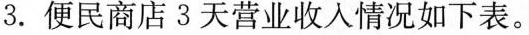
3.便民商店3天营业收入情况如下表。